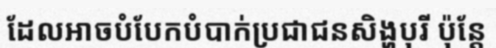
ដែលអាចបំបែកបំបាក់ប្រជាជនសិង្ហបុរី ប៉ុន្តែ